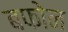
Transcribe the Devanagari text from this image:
बफोन